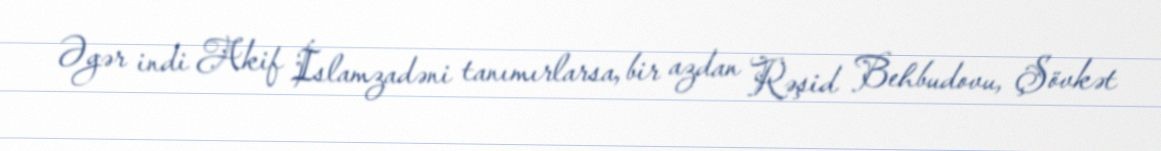
Əgər indi Akif İslamzadəni tanımırlarsa, bir azdan Rəşid Behbudovu, Şövkət